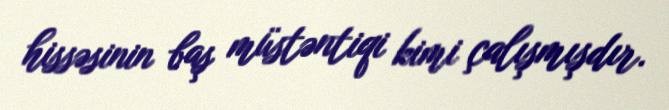
hissəsinin baş müstəntiqi kimi çalışmışdır.